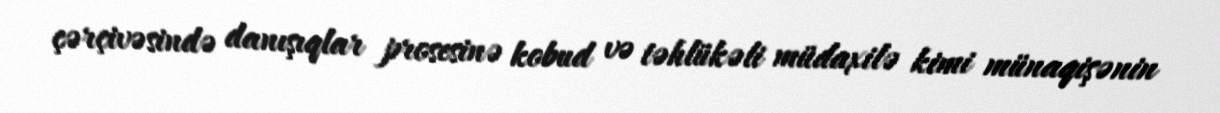
çərçivəsində danışıqlar prosesinə kobud və təhlükəli müdaxilə kimi münaqişənin